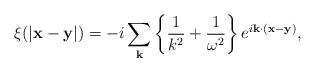
LaTeX: \begin{align*}\xi(|{\bf x - y}|)= -i\sum_{\bf k}{\left\{\frac{1}{k^2} +\frac{1}{\omega^2}\right\}e^{i{\bf k \cdot (x-y)}}},\end{align*}